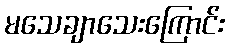
မသေချာသေးကြောင်း